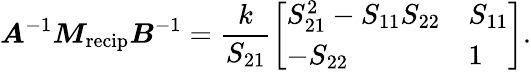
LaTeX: \boldsymbol{A}^{-1}\boldsymbol{M}_{\mathrm{recip}}\boldsymbol{B}^{-1}=\frac{k}{S_{21}}\left[\begin{array}{ll}{S_{21}^{2}-S_{11}S_{22}}&{S_{11}}\\ {-S_{22}}&{1}\end{array}\right].